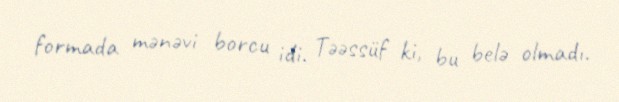
formada mənəvi borcu idi. Təəssüf ki, bu belə olmadı.